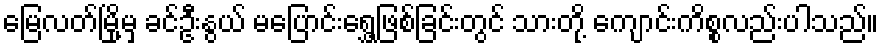
မြေလတ်မြို့မှ ခင်ဦးနွယ် မပြောင်းရွှေ့ဖြစ်ခြင်းတွင် သားတို့ ကျောင်းကိစ္စလည်းပါသည်။